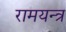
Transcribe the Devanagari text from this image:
रामयन्त्र